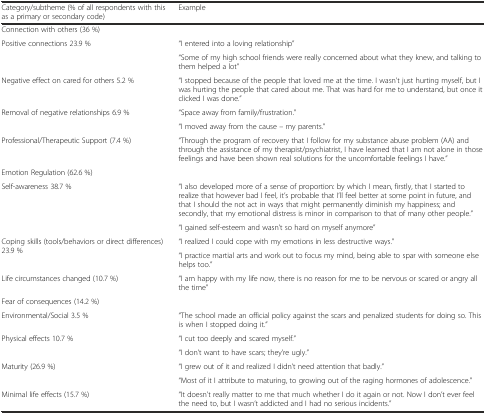
<table><thead><tr><td><b>Category/subtheme (% of all respondents with this as a primary or secondary code)</b></td><td><b>Example</b></td></tr></thead><tbody><tr><td colspan="2">Connection with others (36 %)</td></tr><tr><td rowspan="2">Positive connections 23.9 %</td><td>“I entered into a loving relationship”</td></tr><tr><td>“Some of my high school friends were really concerned about what they knew, and talking to them helped a lot”</td></tr><tr><td>Negative effect on cared for others 5.2 %</td><td>“I stopped because of the people that loved me at the time. I wasn’t just hurting myself, but I was hurting the people that cared about me. That was hard for me to understand, but once it clicked I was done.”</td></tr><tr><td rowspan="2">Removal of negative relationships 6.9 %</td><td>“Space away from family/frustration.”</td></tr><tr><td>“I moved away from the cause – my parents.”</td></tr><tr><td>Professional/Therapeutic Support (7.4 %)</td><td>“Through the program of recovery that I follow for my substance abuse problem (AA) and through the assistance of my therapist/psychiatrist, I have learned that I am not alone in those feelings and have been shown real solutions for the uncomfortable feelings I have.”</td></tr><tr><td colspan="2">Emotion Regulation (62.6 %)</td></tr><tr><td rowspan="2">Self-awareness 38.7 %</td><td>“I also developed more of a sense of proportion: by which I mean, firstly, that I started to realize that however bad I feel, it’s probable that I’ll feel better at some point in future, and that I should the not act in ways that might permanently diminish my happiness; and secondly, that my emotional distress is minor in comparison to that of many other people.”</td></tr><tr><td>“I gained self-esteem and wasn’t so hard on myself anymore”</td></tr><tr><td rowspan="2">Coping skills (tools/behaviors or direct differences) 23.9 %</td><td>“I realized I could cope with my emotions in less destructive ways.”</td></tr><tr><td>“I practice martial arts and work out to focus my mind, being able to spar with someone else helps too.”</td></tr><tr><td>Life circumstances changed (10.7 %)</td><td>“I am happy with my life now, there is no reason for me to be nervous or scared or angry all the time”</td></tr><tr><td colspan="2">Fear of consequences (14.2 %)</td></tr><tr><td>Environmental/Social 3.5 %</td><td>“The school made an official policy against the scars and penalized students for doing so. This is when I stopped doing it.”</td></tr><tr><td rowspan="2">Physical effects 10.7 %</td><td>“I cut too deeply and scared myself.”</td></tr><tr><td>“I don’t want to have scars; they’re ugly.”</td></tr><tr><td rowspan="2">Maturity (26.9 %)</td><td>“I grew out of it and realized I didn’t need attention that badly.”</td></tr><tr><td>“Most of it I attribute to maturing, to growing out of the raging hormones of adolescence.”</td></tr><tr><td>Minimal life effects (15.7 %)</td><td>“It doesn’t really matter to me that much whether I do it again or not. Now I don’t ever feel the need to, but I wasn’t addicted and I had no serious incidents.”</td></tr></tbody></table>